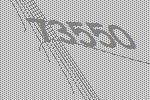
73550